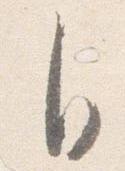
自